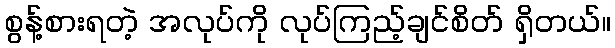
စွန့်စားရတဲ့ အလုပ်ကို လုပ်ကြည့်ချင်စိတ် ရှိတယ်။